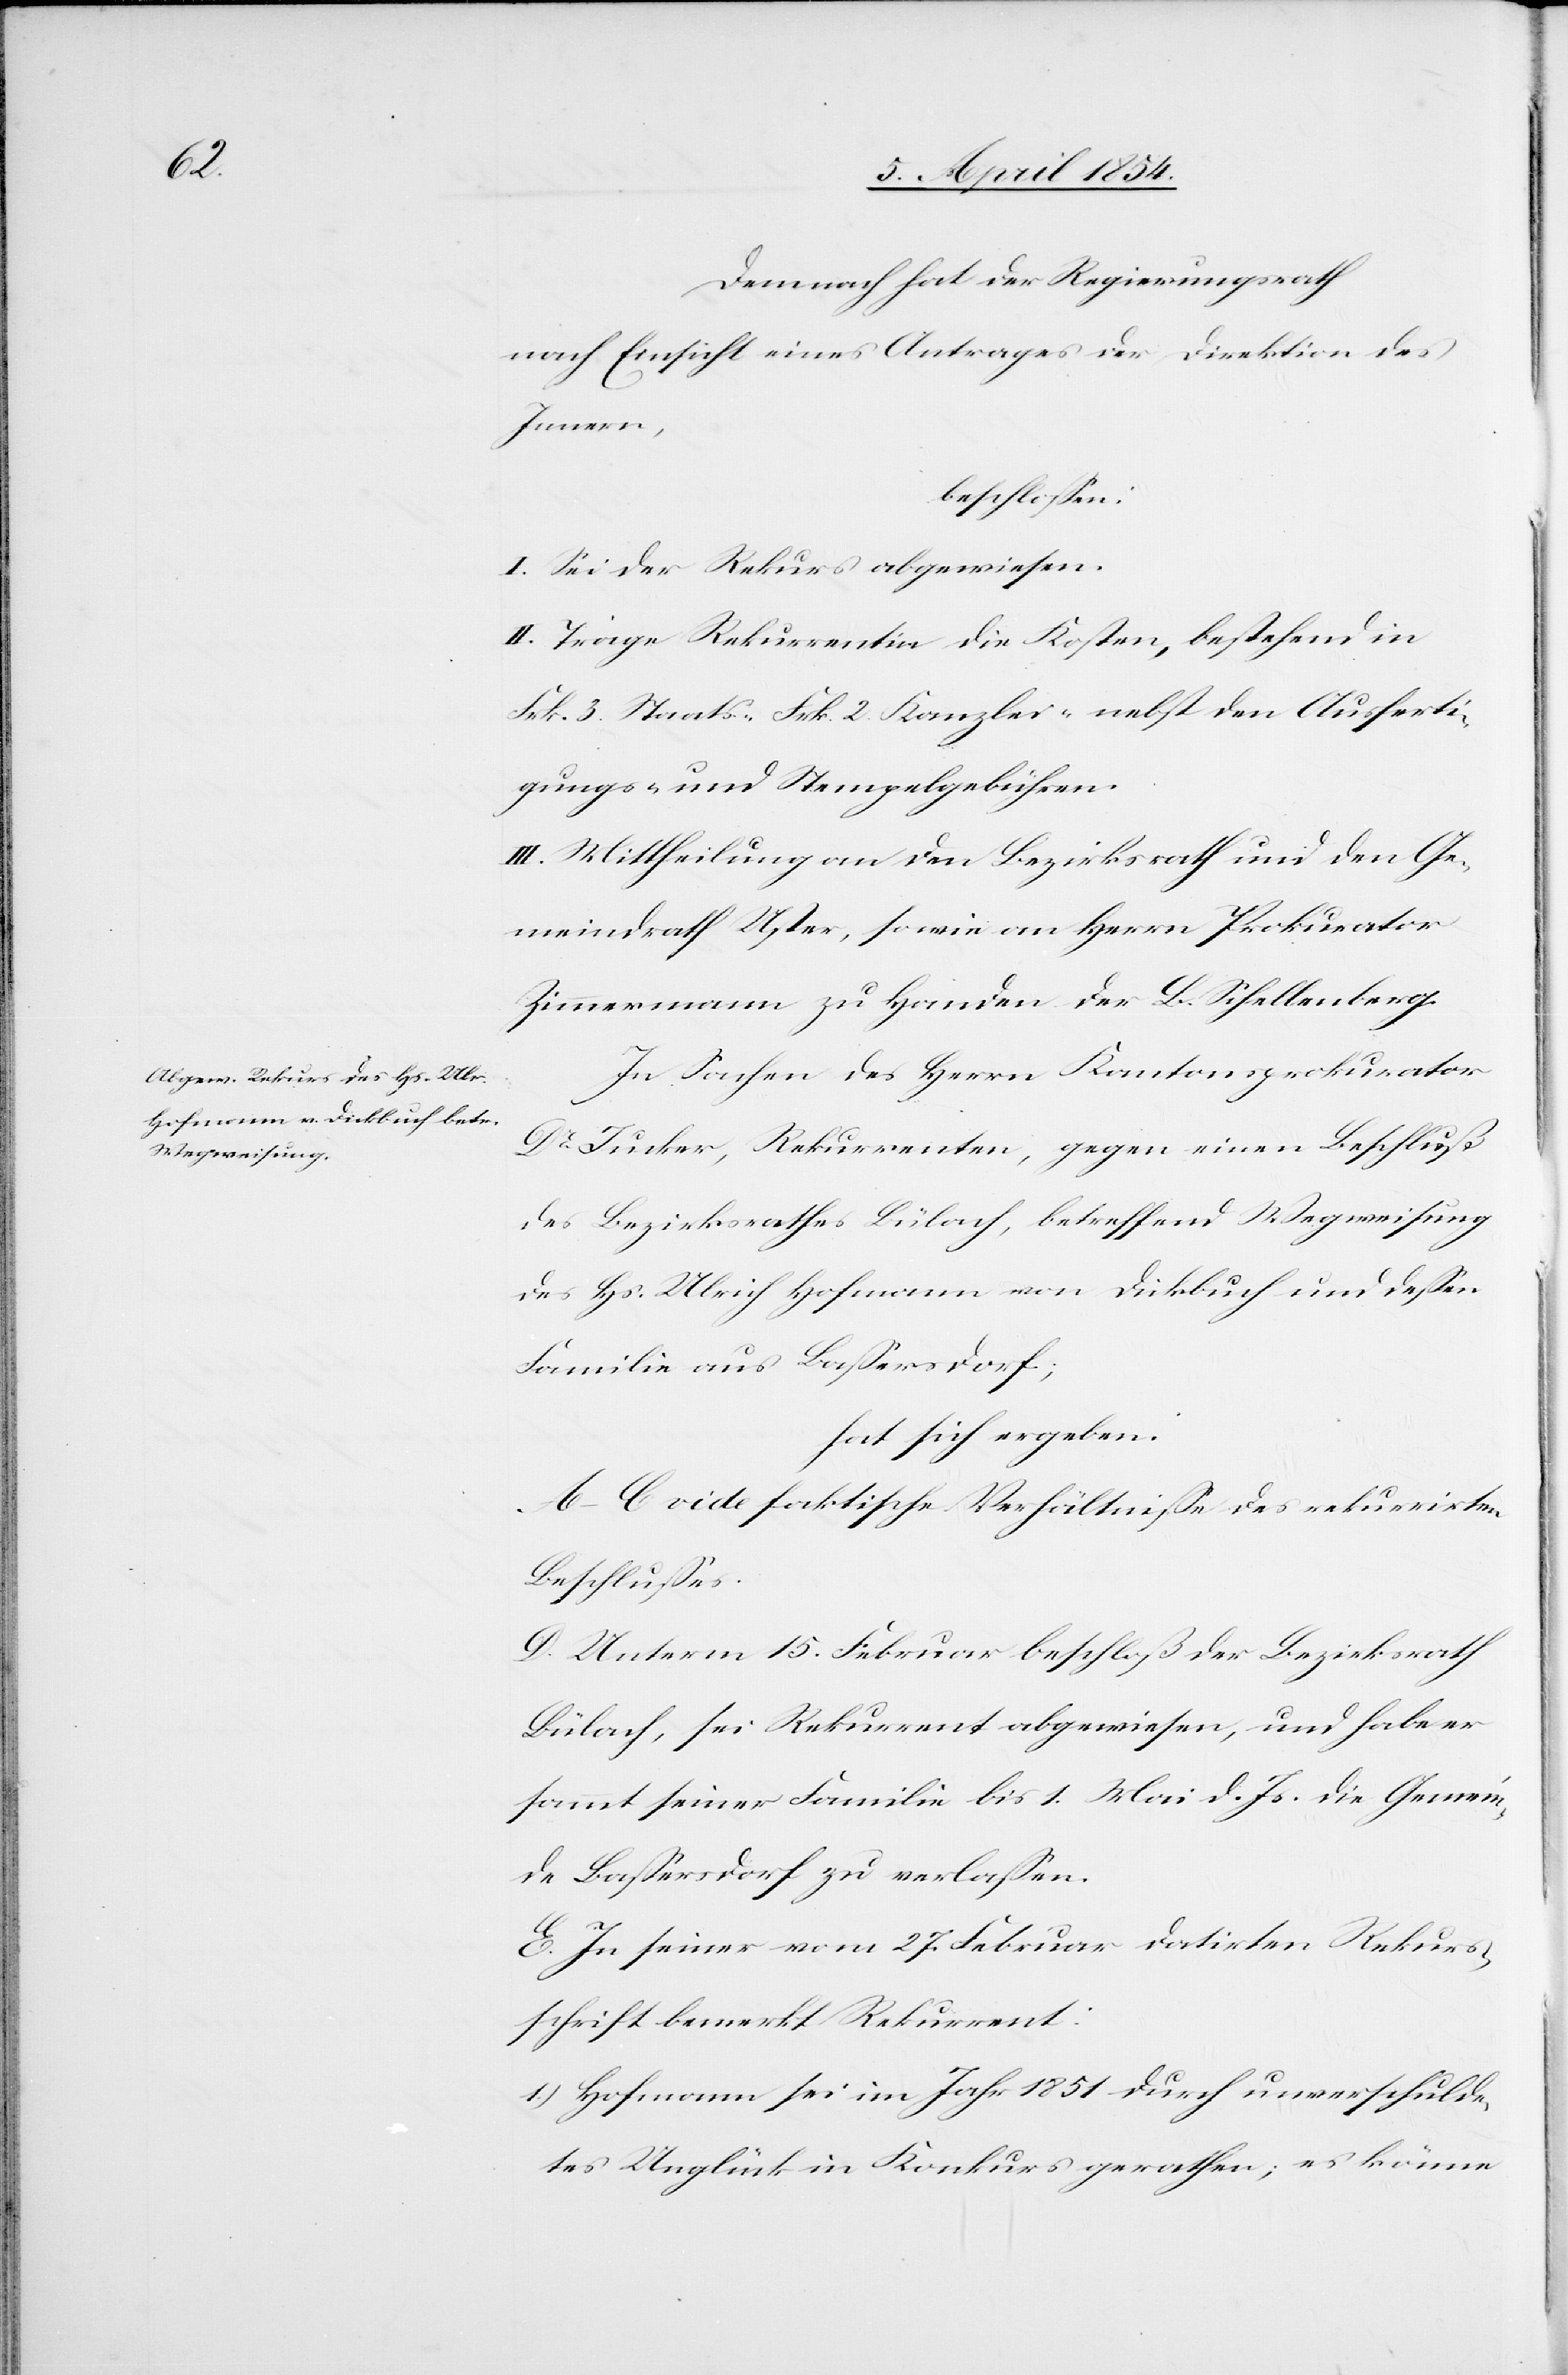
Demnach hat der Regierungsrath
nach Einsicht eines Antrages der Direktion des
Innern,
beschloßen:
I. Sei der Rekurs abgewiesen.
II. Trage Rekurrentin die Kosten, bestehend in
Frk. 3. Staats-[,] Frk. 2. Kanzlei-[,] nebst den Ausferti¬
gungs- und Stempelgebühren.
III. Mittheilung an den Bezirksrath und den Ge¬
meindrath Uster, so wie an Herrn Prokurator
Zimmermann zu Handen der B. Schellenberg.
In Sachen des Herrn Kantonsprokurator
Dr Jucker, Rekurrenten, gegen einen Beschluß
des Bezirksrathes Bülach, betreffend Wegweisung
des Hs. Ulrich Hofmann von Dickbuch und deßen
Familie aus Baßersdorf;
hat sich ergeben:
A–C. vide faktische Verhältniße des rekurrirten
Beschlußes.
D. Unterm 15. Februar beschloß der Bezirksrath
Bülach, sei Rekurrent abgewiesen, und habe er
sammt seiner Familie bis 1. Mai d. Js. die Gemein¬
de Baßersdorf zu verlaßen.
E. In seiner vom 27. Februar datirten Rekurs¬
schrift bemerkt Rekurrent:
1.) Hofmann sei im Jahr 1851 durch unverschulde¬
tes Unglück in Konkurs gerathen; es könne